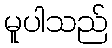
မူပါသည်